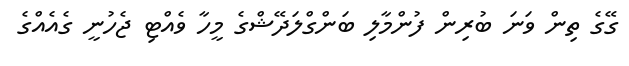
ގޭގެ ތިން ވަނަ ބުރިން ފުންމާލި ބަންގްލަދޭޝްގެ މީހާ ވެއްޓި ޖެހުނީ ގެއެއްގެ